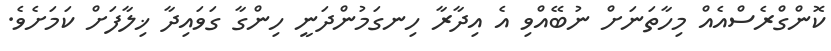
ކޮންގްރެސްއެއް މިހާތަނަށް ނުބޭއްވި އެ އިދާރާ ހިނގަމުންދަނީ ހިންގާ ގަވައިދާ ޚިލާފަށް ކަމަށެވެ.